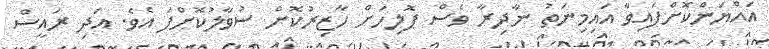
އައްޔަންކޮށްފައިވާ އައިމިނަތު ނާދިރާ ވެސް ޕޮލިހަށް ހާޒިރުކޮށް ސުވާލުކޮށްފަ އެވެ. އަދި ރައީސް